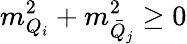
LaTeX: m_{Q_{i}}^{2}+m_{\bar{Q}_{j}}^{2}\geq 0